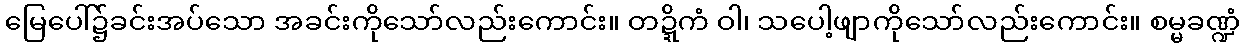
မြေပေါ်၌ခင်းအပ်သော အခင်းကိုသော်လည်းကောင်း။ တဍ္ဍိကံ ဝါ၊ သပေါ့ဖျာကိုသော်လည်းကောင်း။ စမ္မခဏ္ဍံ